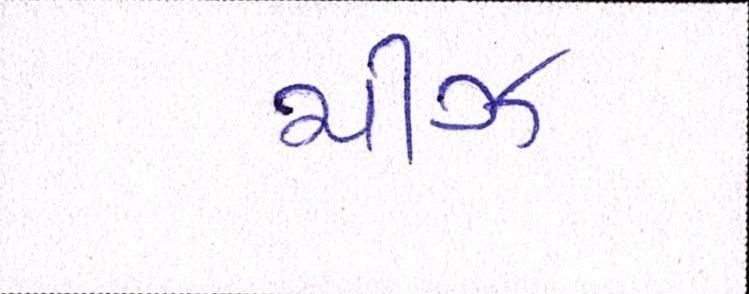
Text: ચીઝ